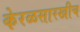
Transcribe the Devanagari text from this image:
केरळसारखीच